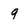
Character: 9